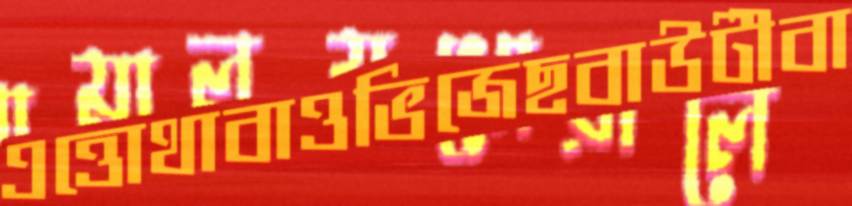
এত্তোথাবাওভিজেছবাউটীবা